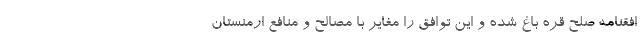
افقنامه صلح قره باغ شده و این توافق را مغایر با مصالح و منافع ارمنستان